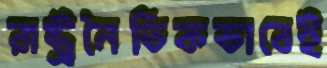
রাষ্ট্রনৈতিকভাবেই